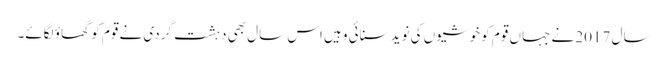
سال 2017 نے جہاں قوم کو خوشیوں کی نوید سنائی وہیں اس سال بھی دہشت گردی نے قوم کو گھاؤ لگائے۔